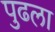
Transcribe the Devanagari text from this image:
पुढला